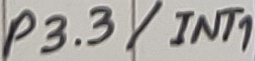
Text: P3.3/INT1